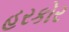
હરકોર